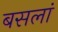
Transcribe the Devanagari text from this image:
बसलां